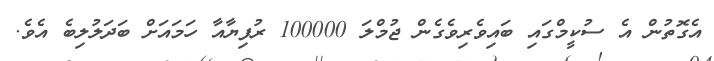
އެގޮތުން އެ ސުކީމްގައި ބައިވެރިވެގެން ޖުމްލަ 100000 ރުފިޔާއާ ހަމައަށް ބަދަލުލިބެ އެވެ.